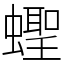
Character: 蟶